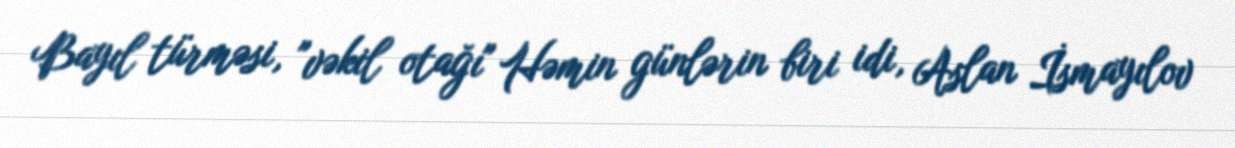
Bayıl türməsi, "vəkil otağı" Həmin günlərin biri idi, Aslan İsmayılov